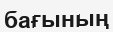
бағының